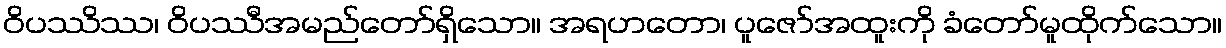
ဝိပဿိဿ၊ ဝိပဿီအမည်တော်ရှိသော။ အရဟတော၊ ပူဇော်အထူးကို ခံတော်မူထိုက်သော။